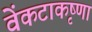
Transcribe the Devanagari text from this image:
वेंकटाकृष्णा